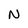
Character: N